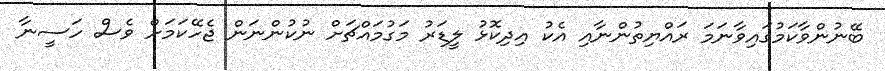
ބޭނުންވާކަމުގައިވާނަމަ ރައްޔިތުންނާއި އެކު އިދިކޮޅު ލީޑަރު މަގުމައްޗަށް ނުކުންނަން ޖެހޭކަމަށް ވެސް ހަސީނާ